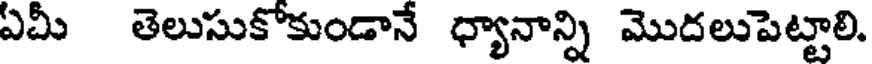
ఏమీ తెలుసుకోకుండానే ధ్యానాన్ని మొదలుపెట్టాలి.